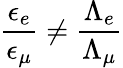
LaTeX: \frac{\epsilon_{e}}{\epsilon_{\mu}}\not=\frac{\Lambda_{e}}{\Lambda_{\mu}}